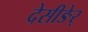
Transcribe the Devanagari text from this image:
देसीङेर्